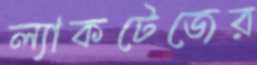
ল্যাকটেজের